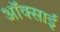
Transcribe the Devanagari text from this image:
ऑक्साई